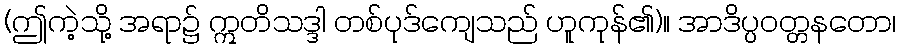
(ဤကဲ့သို့ အရာ၌ ဣတိသဒ္ဒါ တစ်ပုဒ်ကျေသည် ဟူကုန်၏)။ အာဒိပ္ပဝတ္တနတော၊